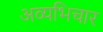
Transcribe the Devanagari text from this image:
अव्यभिचार